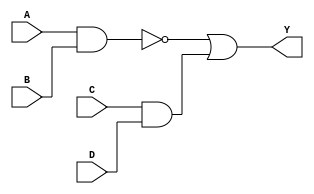
module mydesign (
    A,B,C,D,Y
);
    input A,B,C,D;
    output Y;
    wire t1,t2,Y;

    nand #1 G1(t1,A,B);
    and #1 G2(t2,C,D);
    or #1 G3(Y,t1,t2);


endmodule